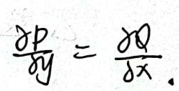
\frac{\partial P}{\partial y}=\frac{\partial Q}{\partial x}